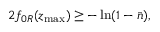
2 f _ { 0 R } ( z _ { \operatorname* { m a x } } ) \geq - \ln ( 1 - \bar { n } ) ,